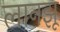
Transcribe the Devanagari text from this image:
लानझू